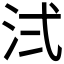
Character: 𪵷